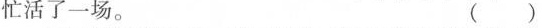
忙活了一场。( )